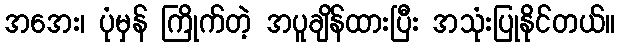
အအေး၊ ပုံမှန် ကြိုက်တဲ့ အပူချိန်ထားပြီး အသုံးပြုနိုင်တယ်။